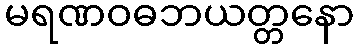
မရဏဝဓဘယတ္တနော